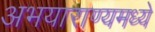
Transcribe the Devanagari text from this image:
अभयाराण्यमध्ये